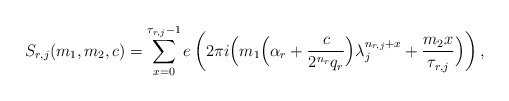
\begin{align*}S_{r,j}(m_1,m_2,c)=\sum_{x=0}^{{\tau_{r,j}}-1} e\left(2 \pi i \Big(m_1\Big(\alpha_r+\frac{c}{2^{n_r} q_r }\Big) \lambda_{j}^{n_{r,j}+x} + \frac{m_2x}{\tau_{r,j}}\Big)\right),\end{align*}